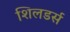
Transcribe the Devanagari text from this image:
शिलडर्स